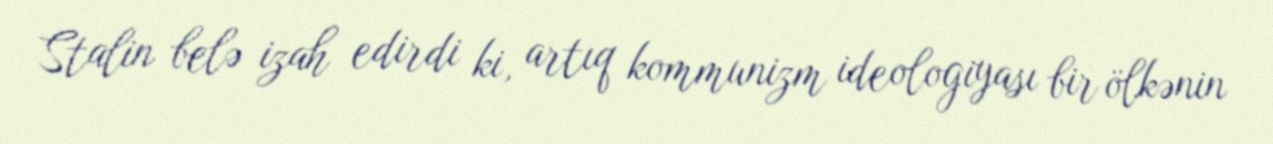
Stalin belə izah edirdi ki, artıq kommunizm ideologiyası bir ölkənin